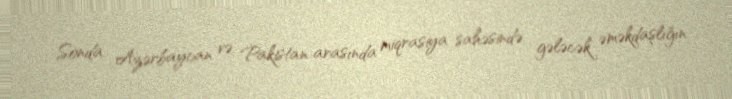
Sonda Azərbaycan və Pakistan arasında miqrasiya sahəsində gələcək əməkdaşlığın